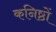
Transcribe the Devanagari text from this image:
कनिष्ठों